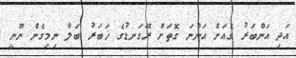
އަދި އަންބަރު ގެއަށް އަންނަ ގޮތަށް ރޭގަނޑުގެ ޚަބަރު ބަލާ ނިމިގެން ނޫނީ